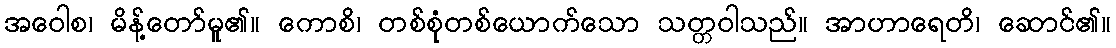
အဝေါစ၊ မိန့်တော်မူ၏။ ကောစိ၊ တစ်စုံတစ်ယောက်သော သတ္တဝါသည်။ အာဟာရေတိ၊ ဆောင်၏။